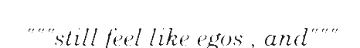
"""still feel like egos , and"""